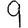
Digit: 9